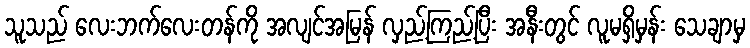
သူသည် လေးဘက်လေးတန်ကို အလျင်အမြန် လှည့်ကြည့်ပြီး အနီးတွင် လူမရှိမှန်း သေချာမှ